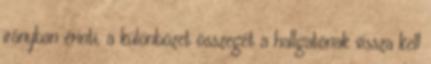
irányban érinti, a különbözet összegét a hallgatónak vissza kell